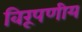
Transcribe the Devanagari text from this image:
विरूपणीय